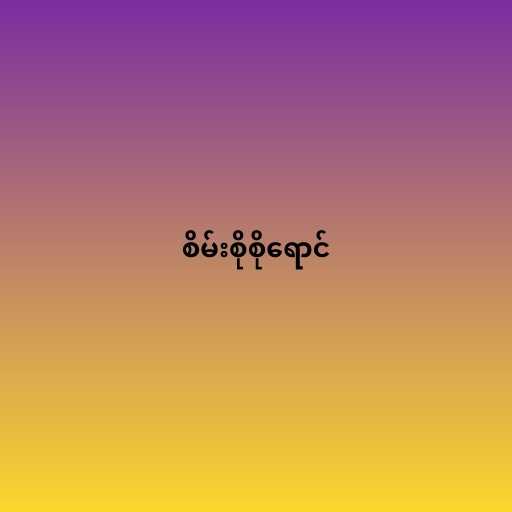
စိမ်းစိုစိုရောင်